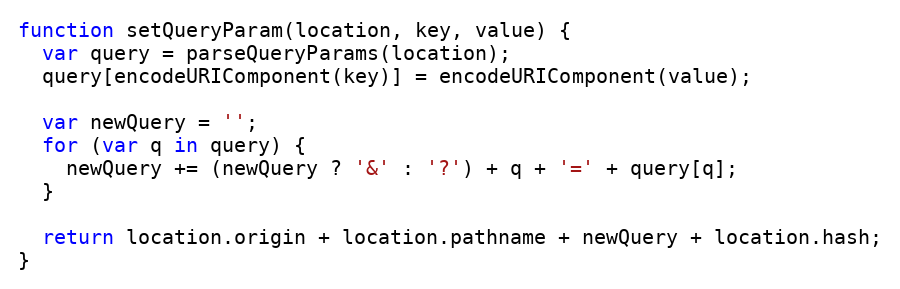
Language: JavaScript
function setQueryParam(location, key, value) {
  var query = parseQueryParams(location);
  query[encodeURIComponent(key)] = encodeURIComponent(value);

  var newQuery = '';
  for (var q in query) {
    newQuery += (newQuery ? '&' : '?') + q + '=' + query[q];
  }

  return location.origin + location.pathname + newQuery + location.hash;
}